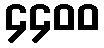
၄၄၀၀